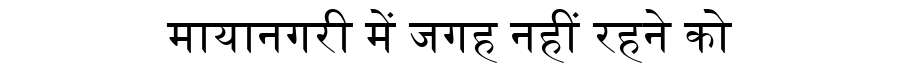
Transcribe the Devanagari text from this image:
मायानगरी में जगह नहीं रहने को